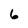
Character: 6